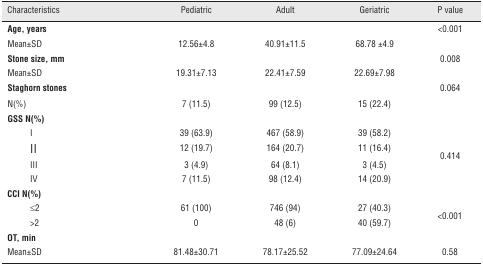
<table><thead><tr><td><b>Characteristics</b></td><td><b>Pediatric</b></td><td><b>Adult</b></td><td><b>Geriatric</b></td><td><b>P value</b></td></tr></thead><tbody><tr><td><b>Age, years</b></td><td> </td><td> </td><td> </td><td>&lt;0.001</td></tr><tr><td>Mean±SD</td><td>12.56±4.8</td><td>40.91±11.5</td><td>68.78 ±4.9</td><td> </td></tr><tr><td><b>Stone size, mm</b></td><td> </td><td> </td><td> </td><td>0.008</td></tr><tr><td>Mean±SD</td><td>19.31±7.13</td><td>22.41±7.59</td><td>22.69±7.98</td><td> </td></tr><tr><td><b>Staghorn stones</b></td><td> </td><td> </td><td> </td><td>0.064</td></tr><tr><td>N(%)</td><td>7 (11.5)</td><td>99 (12.5)</td><td>15 (22.4)</td><td> </td></tr><tr><td colspan="5"><b>GSS N(%)</b></td></tr><tr><td>I</td><td>39 (63.9)</td><td>467 (58.9)</td><td>39 (58.2)</td><td rowspan="4">0.414</td></tr><tr><td>II</td><td>12 (19.7)</td><td>164 (20.7)</td><td>11 (16.4)</td></tr><tr><td>III</td><td>3 (4.9)</td><td>64 (8.1)</td><td>3 (4.5)</td></tr><tr><td>IV</td><td>7 (11.5)</td><td>98 (12.4)</td><td>14 (20.9)</td></tr><tr><td colspan="5"><b>CCI N(%)</b></td></tr><tr><td>≤2</td><td>61 (100)</td><td>746 (94)</td><td>27 (40.3)</td><td rowspan="2">&lt;0.001</td></tr><tr><td>&gt;2</td><td>0</td><td>48 (6)</td><td>40 (59.7)</td></tr><tr><td><b>OT, min</b></td><td> </td><td> </td><td> </td><td> </td></tr><tr><td>Mean±SD</td><td>81.48±30.71</td><td>78.17±25.52</td><td>77.09±24.64</td><td>0.58</td></tr></tbody></table>